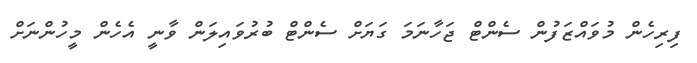
ފިރިހެން މުވައްޒަފުން ސެންޓް ޖަހާނަމަ ގަޔަށް ސެންޓް ބުރުވައިލަން ވާނީ އެހެން މީހުންނަށް